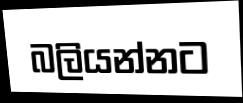
බලියන්නට